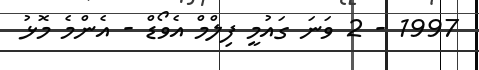
1997 - 2 ވަނަ ގައުމީ ފިލްމް އެވޯޑް - އެންމެ މޮޅު